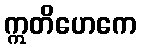
ဣတိဟေကေ